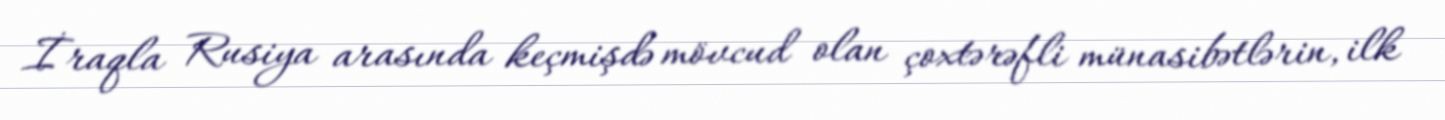
İraqla Rusiya arasında keçmişdə mövcud olan çoxtərəfli münasibətlərin, ilk